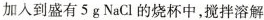
加入到盛有5g NaCl的烧杯中，搅拌溶解